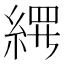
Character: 𬗢